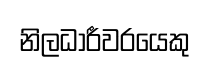
නිලධාරීවරයෙකු